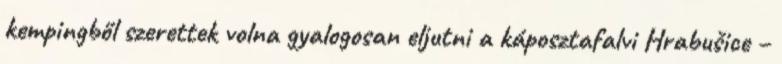
kempingből szerettek volna gyalogosan eljutni a káposztafalvi Hrabušice –